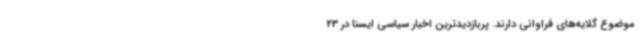
موضوع گلایه‌های فراوانی دارند. پربازدیدترین اخبار سیاسی ایسنا در 23